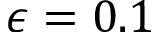
\epsilon = 0 . 1